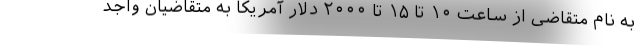
به نام متقاضی از ساعت ۱۰ تا ۱۵ تا ۲۰۰۰ دلار آمریکا به متقاضیان واجد